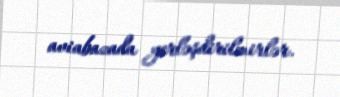
aviabazada yerləşdirilmirlər.